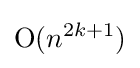
{\mathrm {O} }(n^{2k+1})